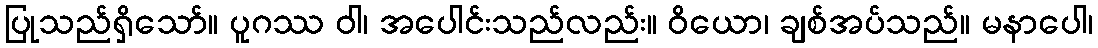
ပြုသည်ရှိသော်။ ပူဂဿ ဝါ၊ အပေါင်းသည်လည်း။ ဝိယော၊ ချစ်အပ်သည်။ မနာပေါ၊